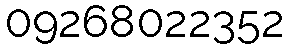
09268022352